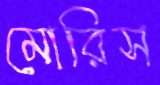
মোরিস